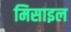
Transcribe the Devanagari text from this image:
मिसाइल